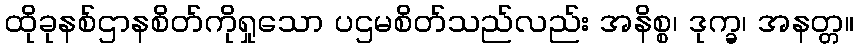
ထိုခုနစ်ဌာနစိတ်ကိုရှုသော ပဌမစိတ်သည်လည်း အနိစ္စ၊ ဒုက္ခ၊ အနတ္တ။